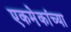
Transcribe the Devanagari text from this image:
एकमे़कांच्या